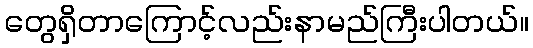
တွေရှိတာကြောင့်လည်းနာမည်ကြီးပါတယ်။